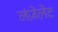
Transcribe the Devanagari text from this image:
लंज़ेलेट